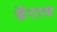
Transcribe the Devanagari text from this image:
बॅराज